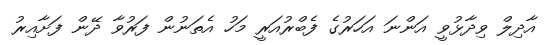
އާދިލް ވިދާޅުވީ އަންނަ އަހަރުގެ ފެބްރުއަރީ މަހު އެތަނުން ފަރުވާ ދޭން ފަށާއިރު